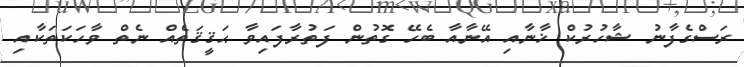
ރަސްގެފާނު ޝާހުރުކް ޚާނާއި އޭނާއާ ބެހޭ ގޮތުން ފަތުރާފައިވާ ޙަޤީޤަތެއް ނެތް ވާހަކަތަކާއި